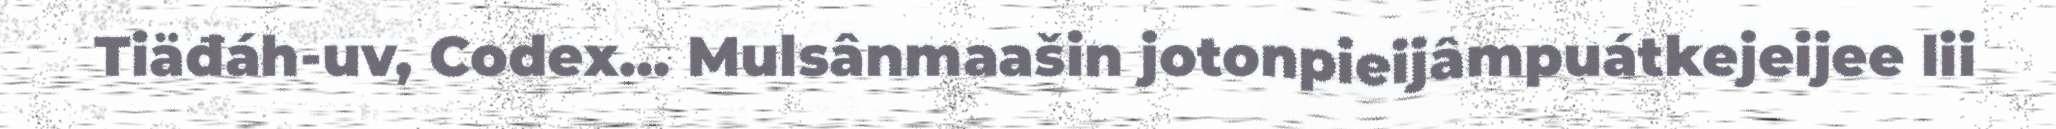
Tiäđáh-uv, Codex... Mulsânmaašin jotonpieijâmpuátkejeijee lii